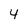
Character: 4